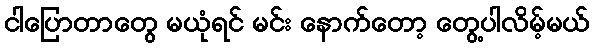
ငါပြောတာတွေ မယုံရင် မင်း နောက်တော့ တွေ့ပါလိမ့်မယ်